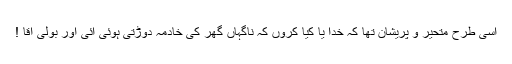
اسی طرح متحیر و پریشان تھا کہ خدا یا کیا کروں کہ ناگہاں گھر کی خادمہ دوڑتی ہوئی آئی اور بولی آقا !